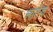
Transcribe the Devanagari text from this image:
लातेक